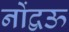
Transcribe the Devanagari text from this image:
नोंद्वऊ